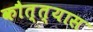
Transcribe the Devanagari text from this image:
कौत्त्यास